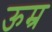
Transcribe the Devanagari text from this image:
ऊम्र